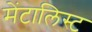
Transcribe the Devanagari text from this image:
मेंटालिस्ट